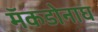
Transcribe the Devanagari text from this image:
मॅकडोनाघ